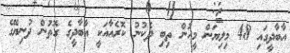
އާބާދީގައި 48 މިލިޔަން މީހުން ތިބި ދެކުނު ކޮރެއާއަކީ އާބާދީގެ ގޮތުން ދުނިޔޭގެ